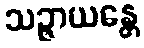
သဉ္ဇာယန္တေ